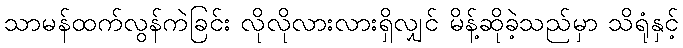
သာမန်ထက်လွန်ကဲခြင်း လိုလိုလားလားရှိလျှင် မိန့်ဆိုခဲ့သည်မှာ သိရုံနှင့်